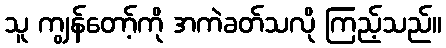
သူ ကျွန်တော့်ကို အကဲခတ်သလို ကြည့်သည်။